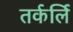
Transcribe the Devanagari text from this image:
तर्कर्लि